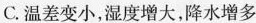
C.温差变小，湿度增大，降水增多